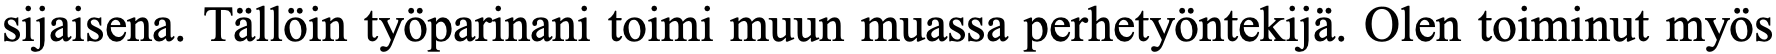
sijaisena. Tällöin työparinani toimi muun muassa perhetyöntekijä. Olen toiminut myös